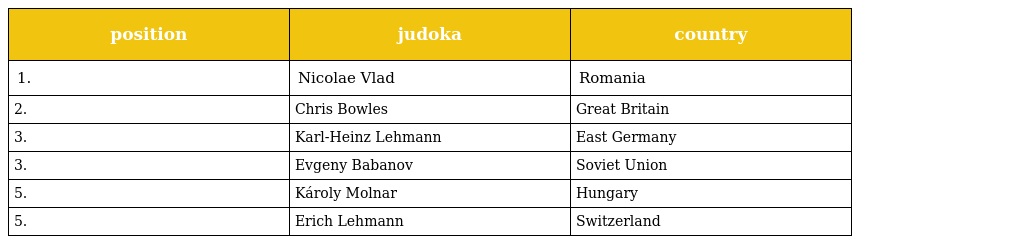
| position | judoka | country |
 | --- | --- | --- |
 | 1. | Nicolae Vlad | Romania |
 | 2. | Chris Bowles | Great Britain |
 | 3. | Karl-Heinz Lehmann | East Germany |
 | 3. | Evgeny Babanov | Soviet Union |
 | 5. | Károly Molnar | Hungary |
 | 5. | Erich Lehmann | Switzerland |